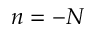
n = - N